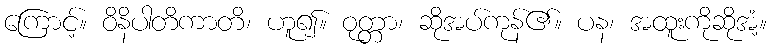
ကြောင့်။ ဝိနိပါတိကာတိ၊ ဟူ၍။ ဝုတ္တာ၊ ဆိုအပ်ကုန်၏။ ပန၊ အထူးကိုဆိုအံ့။